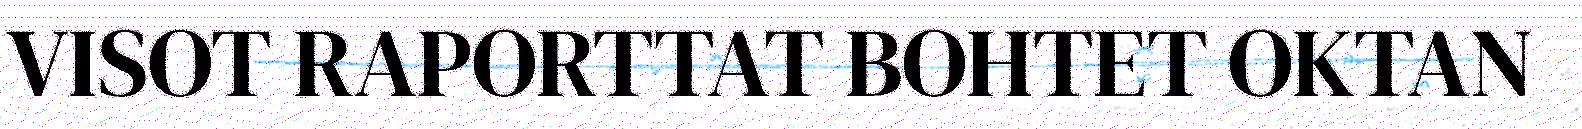
VISOT RAPORTTAT BOHTET OKTAN